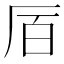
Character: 𫨅